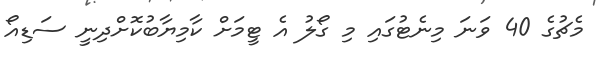
މެޗުގެ 40 ވަނަ މިނެޓުގައި މި ގޯލު އެ ޓީމަށް ކާމިޔާބުކޮށްދިނީ ސަޑިއޯ